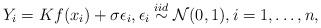
LaTeX: \begin{align*}Y_i = Kf(x_i) + \sigma \epsilon_i , \epsilon_i \overset{iid}{\sim} \mathcal{N}(0,1), i = 1, \ldots, n, \end{align*}